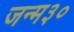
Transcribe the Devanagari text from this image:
जन्म३०